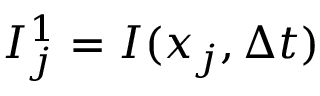
{ \cal I } _ { j } ^ { 1 } = { \cal I } ( x _ { j } , \Delta t )